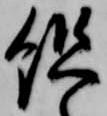
組